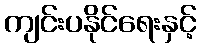
ကျင်းပနိုင်ရေးနှင့်